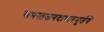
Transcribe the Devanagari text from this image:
समस्तजगदाधारमूर्तये